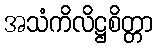
အသံကိလိဋ္ဌစိတ္တာ